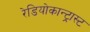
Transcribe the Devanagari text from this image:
रेडियोकान्ट्रास्ट